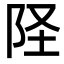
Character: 𫔽